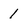
Character: 1